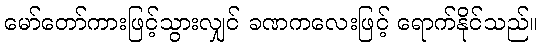
မော်တော်ကားဖြင့်သွားလျှင် ခဏကလေးဖြင့် ရောက်နိုင်သည်။